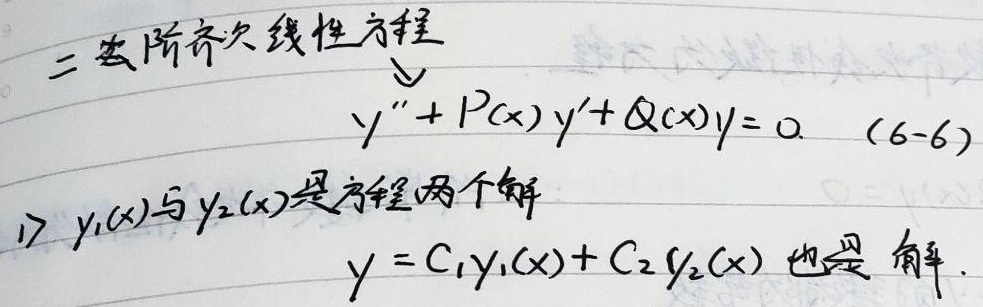
二阶齐次线性方程
\[y'' + P(x)y' + Q(x)y = 0 \quad(6 - 6)\]

1) \(y_1(x)\)与\(y_2(x)\)是方程两个解，\(y = C_1y_1(x)+C_2y_2(x)\)也是解。